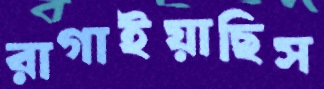
রাগাইয়াছিস